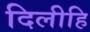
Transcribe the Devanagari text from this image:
दिलीहि